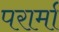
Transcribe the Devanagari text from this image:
परार्मा